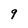
Character: 9